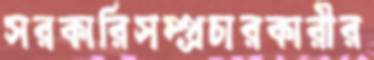
সরকারিসম্প্রচারকারীর